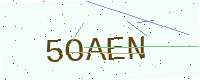
Text: 5OAEN